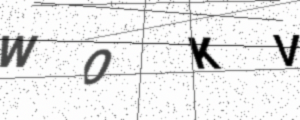
Text: WOKV